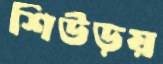
শিউড়য়